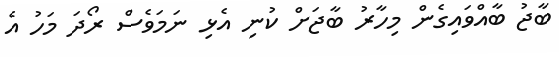
ބާޖު ބާއްވައިގެން މިހާރު ބާޖަށް ކުނި އެޅި ނަމަވެސް ރޯދަ މަހު އެ